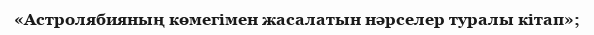
«Астролябияның көмегімен жасалатын нәрселер туралы кітап»;